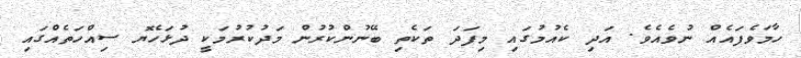
ހާމަވެފައެއް ނުވެއެވެ. އަދި ކެއުމުގައި މިފަދަ ތަކެތި ބޭނުންކުރުން މަދުކުރުމަކީ ދުޅަހެޔޮ ސިއްހަތެއްގައި